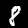
Label: 8